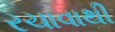
રચાવાથી